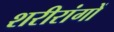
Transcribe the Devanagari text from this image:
शरीरांगों